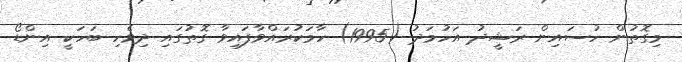
މިގޮތުން ހުސައިން ރަޝީދު އަހުމަދު (1995) ހާމަކުރައްވާފައިވާ ގޮތުގައި ދިވެހި ބަހަކީ އިންޑޯ